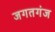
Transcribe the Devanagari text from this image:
जगतगंज